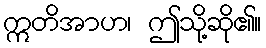
ဣတိအာဟ၊ ဤသို့ဆို၏။